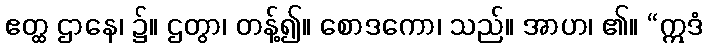
ဧတ္ထ ဌာနေ၊ ၌။ ဌတွာ၊ တန့်၍။ စောဒကော၊ သည်။ အာဟ၊ ၏။ “ဣဒံ